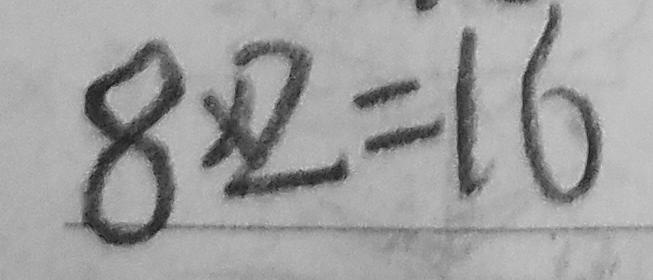
8 \times 2 = 1 6